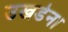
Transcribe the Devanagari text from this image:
उखडेना